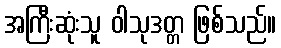
အကြီးဆုံးသူ ဝါသုဒတ္တ ဖြစ်သည်။